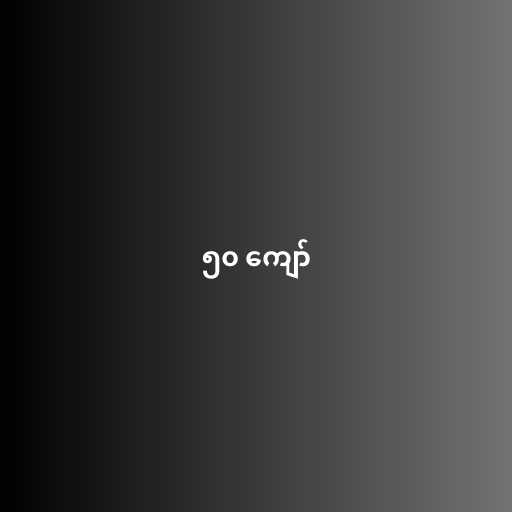
၅၀ ကျော်